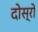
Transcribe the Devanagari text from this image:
दोस्रो